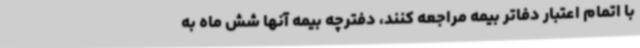
با اتمام اعتبار دفاتر بیمه مراجعه کنند، دفترچه بیمه آنها شش ماه به